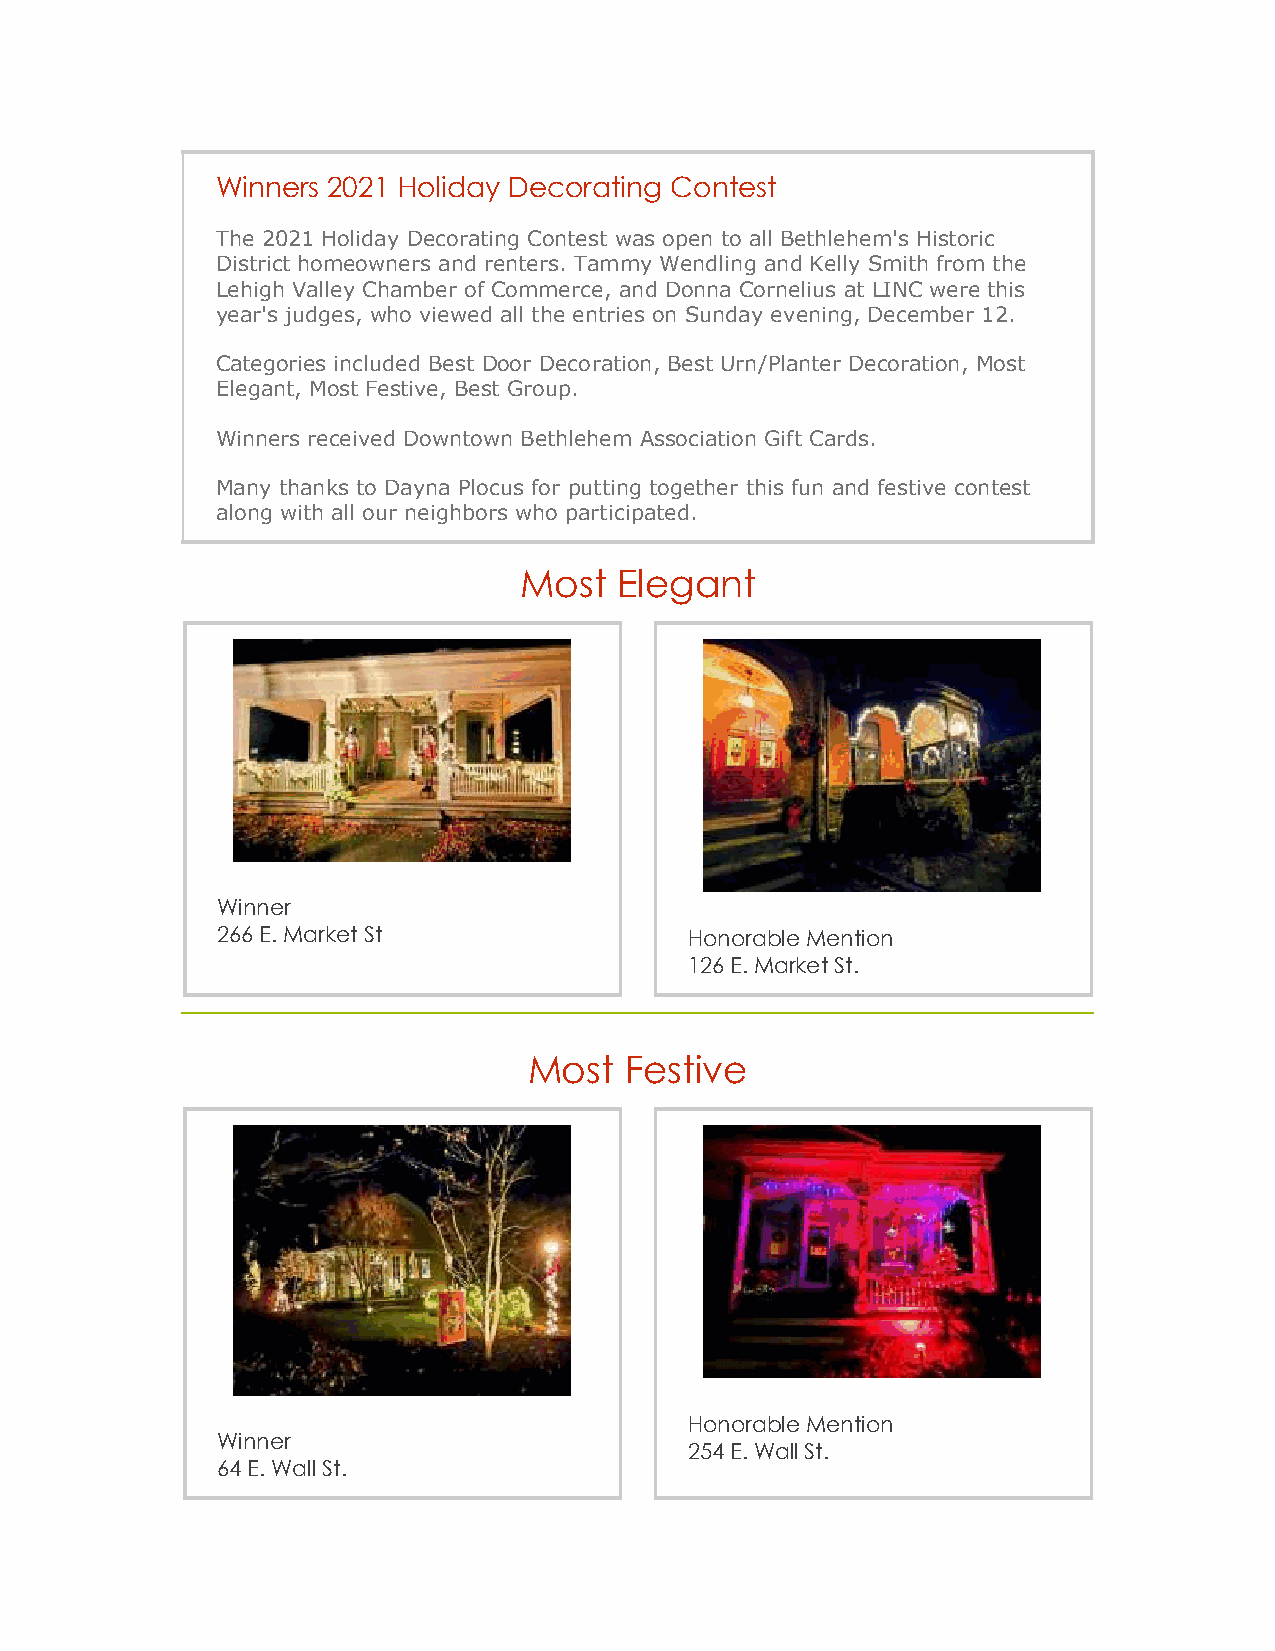
Winners 2021 Holiday Decorating Contest
 The 2021 Holiday Decorating Contest was open to all Bethlehem's Historic
 District homeowners and renters. Tammy Wendling and Kelly Smith from the
 Lehigh Valley Chamber of Commerce, and Donna Cornelius at LINC were this
 year's judges, who viewed all the entries on Sunday evening, December 12.
 Categories included Best Door Decoration, Best Urn/Planter Decoration, Most
 Elegant, Most Festive, Best Group.
 Winners received Downtown Bethlehem Association Gift Cards.
 Many thanks to Dayna Plocus for putting together this fun and festive contest
 along with all our neighbors who participated.
 Most   Elegant
 Winner
 266 E. Market St                Honorable Mention
 126 E. Market St.
 Most  Festive
 Honorable Mention
 Winner
 254 E. Wall St.
 64 E. Wall St.